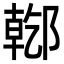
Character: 𨝌